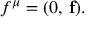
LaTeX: f ^ { \mu } = ( 0 , \, { \bf f } ) .